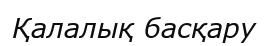
Қалалық басқару